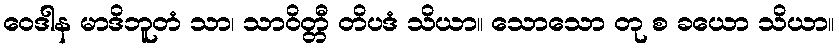
ဝေဒါန မာဒိဘူတံ သာ၊ သာဝိတ္တီ တိပဒံ သိယာ။ သောသော တု စ ခယော သိယာ။